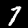
Label: 7